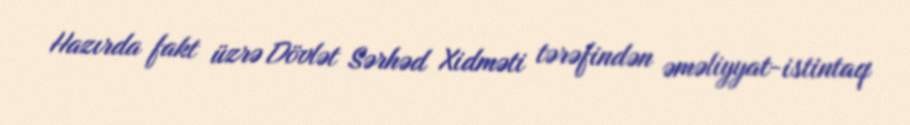
Hazırda fakt üzrə Dövlət Sərhəd Xidməti tərəfindən əməliyyat-istintaq